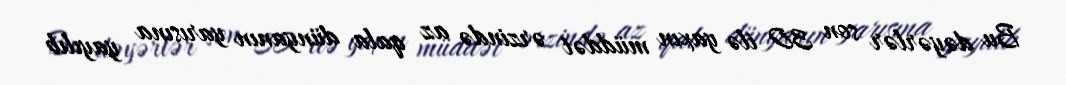
Bu dəyərlər son 30 ilə yaxın müddət ərzində az qala dünyanın yarısına yayılıb